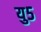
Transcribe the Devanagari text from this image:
यु५